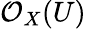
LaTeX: {\mathcal{O}}_{X}(U)